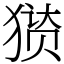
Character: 㺆